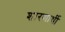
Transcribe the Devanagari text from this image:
शारणार्थी